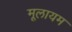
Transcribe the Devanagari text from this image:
मूलायम